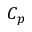
C _ { p }